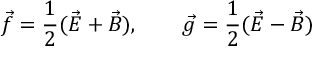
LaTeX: \vec { f } = \frac { 1 } { 2 } ( \vec { E } + \vec { B } ) , ~ ~ ~ ~ ~ ~ \vec { g } = \frac { 1 } { 2 } ( \vec { E } - \vec { B } )